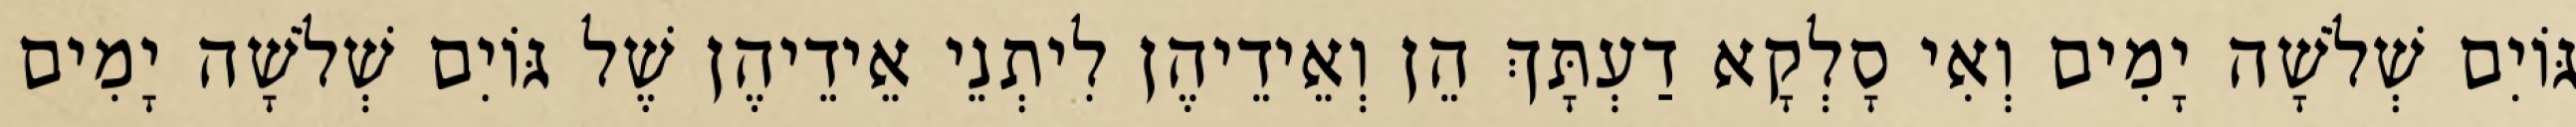
גּוֹיִם שְׁלֹשָׁה יָמִים וְאִי סָלְקָא דַעְתָּךְ הֵן וְאֵידֵיהֶן לִיתְנֵי אֵידֵיהֶן שֶׁל גּוֹיִם שְׁלֹשָׁה יָמִים